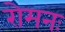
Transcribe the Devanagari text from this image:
रोमनः